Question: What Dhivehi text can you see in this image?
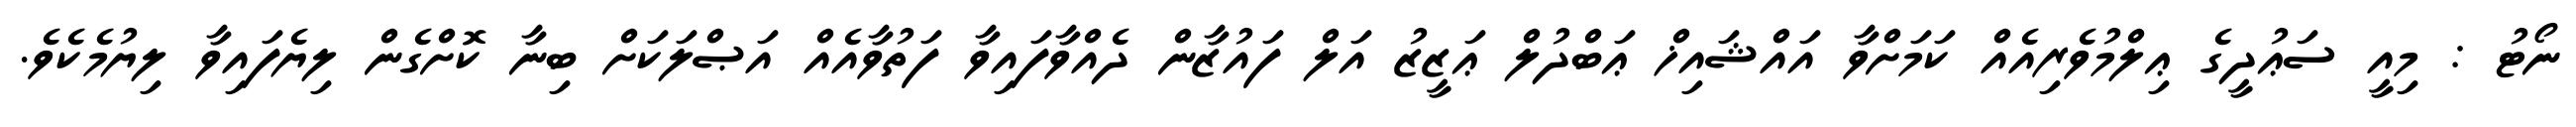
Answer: ނޯޓު : މިއީ ސަޢުދީގެ ޢިލްމުވެރިއެއް ކަމަށްވާ އައްޝައިޚް ޢަބްދުލް ޢަޒީޒު އަލް ފައުޒާން ދެއްވާފައިވާ ފަތުވާއެއް އަޞްލަކަށް ބިނާ ކޮށްގެން ލިޔެފައިވާ ލިޔުމެކެވެ.